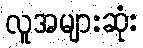
လူအများဆုံး